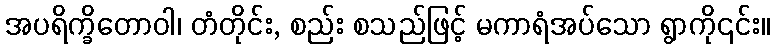
အပရိက္ခိတောဝါ၊ တံတိုင်း, စည်း စသည်ဖြင့် မကာရံအပ်သော ရွာကို၎င်း။